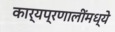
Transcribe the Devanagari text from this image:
कार्यप्रणालींमध्ये